Lunatic asylums Madras 1877-1891 - 1877-1891
Year: 1877
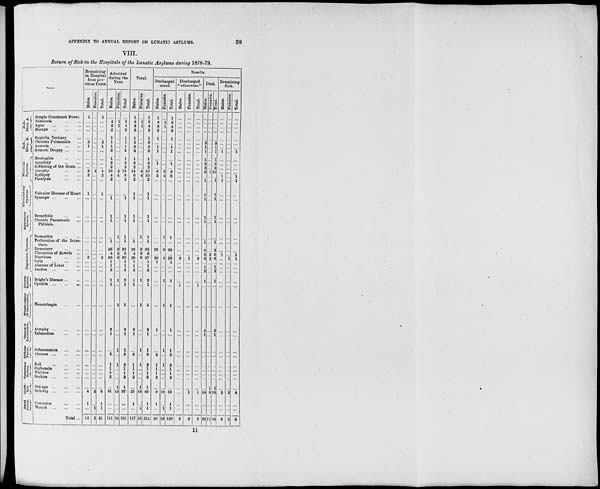
39
APPENDIX TO ANNUAL REPORT ON LUNATIC ASYLUMS.
VIII.
Return of Sick in the Hospitals of the Lunatic Asylums during 1878-79.
Sub-
Divn.A
Sub-
Divn.B
Nervous System.
Circulatory System.
Respiratory System
Digestive System.
Urinary
System.
Females organce of Generation.
Organs of
Locomotion.
Cellular
Tissue.
Cutaneous
System.
Condi-
tion. Local-
Injury.
Simple Continued Fever.
Febricula
...
...
Ague ... ... ...
Mumps ... ... ...
Syphilis, Tertiary ...
Phthisis Pulmonalis ...
Anæmia ... ...
General Dropsy ... ...
Meningitis ... ...
Apoplexy
...
...
Softening of the Brain ...
Atrophy
...
...
Epilepsy
...
...
Paralysis
...
...
Valvular Disease of Heart
Syncope ... ... ...
Bronchitis
...
...
Chronic Pneumonic ...
Phthisis.
Stomatitis ... ...
Perforation of the Intes-
tines.
Dysentery ... ...
Ulceration of Bowels ...
Diarrhœa ... ...
Colic
...
...
...
Abscess of Liver ...
Ascites ... ... ...
Bright's Disease ... ...
Cystitis ... ... ...
Menorrhagia ... ...
Atrophy ... ... ...
Exhaustion
...
...
Inflammation ... ...
Abscess ... ... ...
Boil ... ... ...
Carbuncle
...
...
Whitlow
...
...
Scabies ... ... ...
Old age ... ... ...
Debility ... ... ...
Contusion ... ... ...
Wound ... ... ...
Total ...
Remaining
in Hospital
from pre-
vious Years.
Males.
1
...
...
...
...
2
1
...
...
...
...
2
2
...
1
...
...
...
...
...
...
...
2
...
...
...
...
...
...
...
...
...
...
...
...
...
...
...
4
1
...
16
Females.
...
...
...
...
...
...
...
...
...
...
...
2
...
...
...
...
...
...
...
...
...
...
...
...
...
...
...
...
...
...
...
...
...
...
...
...
...
...
2
...
1
5
Total.
1
...
...
...
...
2
1
...
...
...
...
4
2
...
1
...
...
...
...
...
...
...
2
...
...
...
...
...
...
...
...
...
...
...
...
...
...
...
6
1
1
21
Admitted
during the
Year.
Males.
...
4
3
2
1
1
1
3
1
3
2
13
4
2
...
1
1
1
...
1
26
4
26
1
1
2
1
1
...
3
1
...
5
1
1
1
2
...
21
...
...
141
Females.
...
1
1
...
...
...
...
...
...
...
...
2
4
...
...
...
...
...
1
...
9
2
9
...
...
...
1
...
1
...
...
1
...
1
...
...
...
1
16
...
...
50
Total.
...
5
4
2
1
1
1
3
1
3
2
15
8
2
...
1
1
1
1
1
35
6
35
1
1
2
2
1
1
3
1
1
5
2
1
1
2
1
37
...
...
191
Total.
Males.
1
4
3
2
1
3
2
3
1
3
2
15
6
2
1
1
1
1
...
1
26
4
28
1
1
2
1
1
...
3
1
...
5
1
1
1
2
...
25
1
...
157
Females.
...
1
1
...
...
...
...
...
...
...
...
4
4
...
...
...
...
...
1
...
9
2
9
...
...
...
1
...
1
...
...
1
...
1
...
...
...
1
18
...
1
55
Total.
1
5
4
2
1
3
2
3
1
3
2
19
10
2
1
1
1
1
1
1
35
6
37
1
1
2
2
1
1
3
1
1
5
2
1
1
2
1
43
1
1
212
Results.
Discharged
cured.
Males.
1
4
3
2
1
...
1
1
...
1
...
6
5
...
...
...
...
...
...
...
23
...
20
1
...
...
...
...
...
1
...
...
5
1
1
1
2
...
9
1
...
90
Females.
...
1
1
...
...
...
...
...
...
...
...
3
4
...
...
...
...
...
1
...
9
...
5
...
...
...
1
...
1
...
...
1
...
1
...
...
...
...
10
...
1
39
Total.
1
5
4
2
1
...
1
1
...
1
...
9
9
...
...
...
...
...
1
...
32
...
25
1
...
...
1
...
1
1
...
1
5
2
1
1
2
...
19
1
1
129
Discharged
" otherwise."
Males.
...
...
...
...
...
...
...
...
...
...
...
...
...
...
...
...
...
...
...
...
...
...
2
...
...
...
...
1
...
...
...
...
...
...
...
...
...
...
...
...
...
3
Females.
...
...
...
...
...
...
...
...
...
...
...
...
...
...
...
...
...
...
...
...
...
...
1
...
...
...
...
...
...
...
...
...
...
...
...
...
...
...
1
...
...
2
Total.
...
...
...
...
...
...
...
...
...
...
...
...
...
...
...
...
...
...
...
...
...
...
3
...
...
...
...
1
...
...
...
...
...
...
...
...
...
...
1
...
...
5
Died.
Males.
...
...
...
...
...
3
1
1
1
2
2
9
...
1
1
1
1
1
...
1
3
3
6
...
1
2
1
...
...
2
1
...
...
...
...
...
...
...
14
...
...
58
Females.
...
...
...
...
...
...
...
...
...
...
...
1
...
...
...
...
...
...
...
...
...
2
2
...
...
...
...
...
...
...
...
...
...
...
...
...
...
1
5
...
...
11
Total.
...
...
...
...
...
3
1
1
1
2
2
10
...
1
1
1
1
1
...
1
3
5
8
...
1
2
1
...
...
2
1
...
...
...
...
...
...
1
19
...
...
69
Remaining
Sick.
Males.
...
...
...
...
...
...
...
1
...
...
...
...
1
1
...
...
...
...
...
...
...
1
...
...
...
...
...
...
...
...
...
...
...
...
...
...
...
...
2
...
...
6
Females.
...
...
...
...
...
...
...
...
...
...
...
...
...
...
...
...
...
...
...
...
...
...
1
...
...
...
...
...
...
...
...
...
...
...
...
...
...
...
2
...
...
3
Total.
...
...
...
...
...
...
...
1
...
...
...
...
1
1
...
...
...
...
...
...
...
1
1
...
...
...
...
...
...
...
...
...
...
...
...
...
...
...
4
...
...
9
11